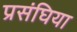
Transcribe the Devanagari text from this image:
प्रसंघिया